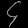
Digit: ၄